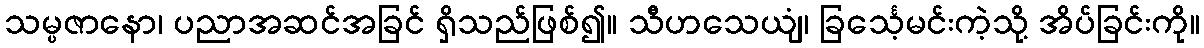
သမ္ပဇာနော၊ ပညာအဆင်အခြင် ရှိသည်ဖြစ်၍။ သီဟသေယျံ၊ ခြင်္သေ့မင်းကဲ့သို့ အိပ်ခြင်းကို။